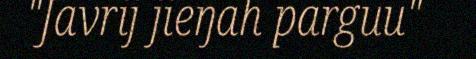
"Javrij jieŋah parguu"